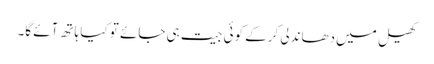
کھیل میں دھاندلی کرکے کوئی جیت ہی جائے تو کیا ہاتھ آئے گا۔